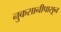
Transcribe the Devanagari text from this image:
नुकसानीपासून